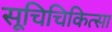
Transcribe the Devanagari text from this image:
सूचिचिकित्सा